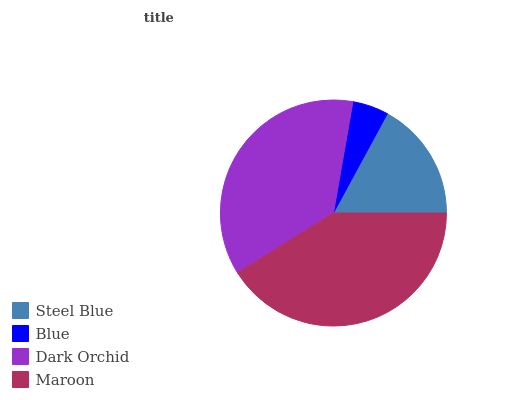
| Steel Blue | Blue | Dark Orchid | Maroon |
 | --- | --- | --- | --- |
 | 17.1% | 5.16% | 36.7% | 41.1% |